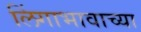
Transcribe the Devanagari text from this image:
लिंगाभावाच्या